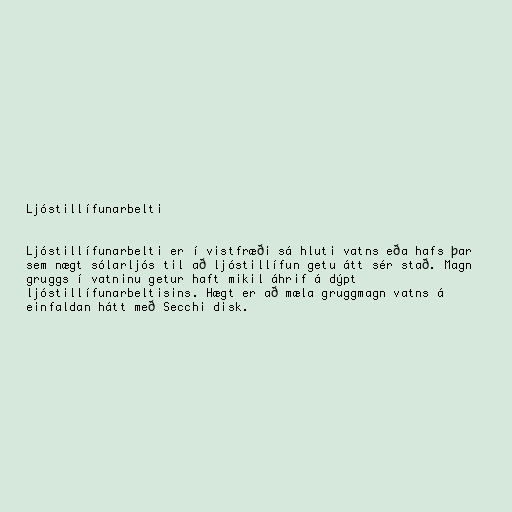
Ljóstillífunarbelti

Ljóstillífunarbelti er í vistfræði sá hluti vatns eða hafs þar
sem nægt sólarljós til að ljóstillífun getu átt sér stað. Magn
gruggs í vatninu getur haft mikil áhrif á dýpt
ljóstillífunarbeltisins. Hægt er að mæla gruggmagn vatns á
einfaldan hátt með Secchi disk.